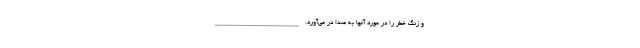
و زنگ خطر را در مورد آنها به صدا در می‌آورد. _____________________